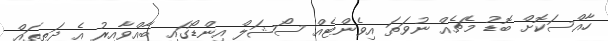
ހާއްސަކޮށް ބޮޑު މެޗެއް ނުވަތަ އިވެންޓެއް ސޯޝަލް އިންޑޯގައި ބާއްވާއިރު އެ ދަތިތައް